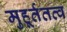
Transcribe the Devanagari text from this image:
मुहूर्ततत्व